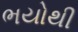
ભયોથી